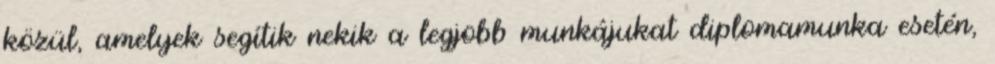
közül, amelyek segítik nekik a legjobb munkájukat diplomamunka esetén,